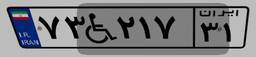
۷۳W۲۱۷۳۱